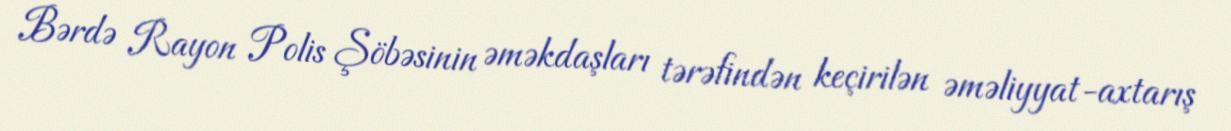
Bərdə Rayon Polis Şöbəsinin əməkdaşları tərəfindən keçirilən əməliyyat-axtarış